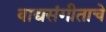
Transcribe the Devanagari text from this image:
वाद्यसंगीताचे